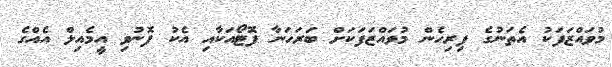
މުވައްޒަފަކު އެތަނުގެ ފިރިހެން މުވައްޒަފަކަށް ބަރަހަނާ ފޮޓޯއަކާއި އެކު ފޮނުވި އީމެއިލް އެއްގެ